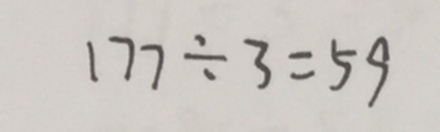
1 7 7 \div 3 = 5 9